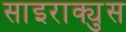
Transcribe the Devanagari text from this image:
साइराक्युस